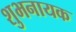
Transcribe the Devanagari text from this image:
शुभनायक